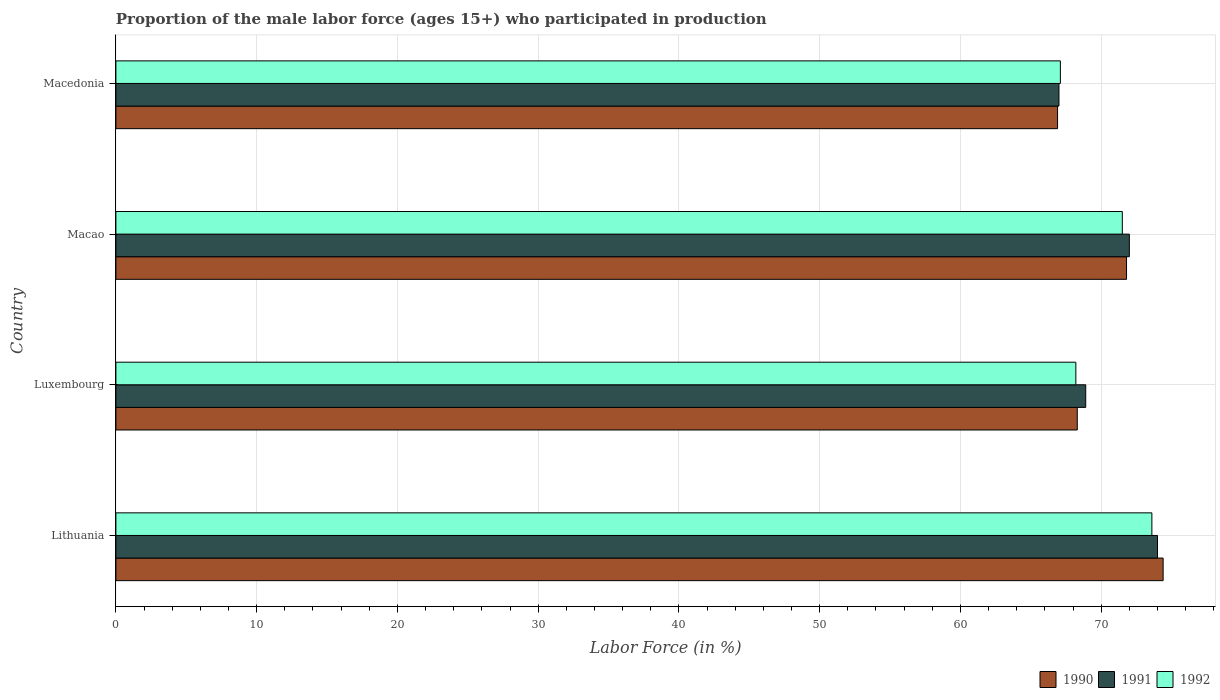
| Country | 1990 | 1991 | 1992 |
 | --- | --- | --- | --- |
 | Lithuania | 74.4 | 74 | 73.6 |
 | Luxembourg | 68.3 | 68.9 | 68.2 |
 | Macao | 71.8 | 72 | 71.5 |
 | Macedonia | 66.9 | 67 | 67.1 |